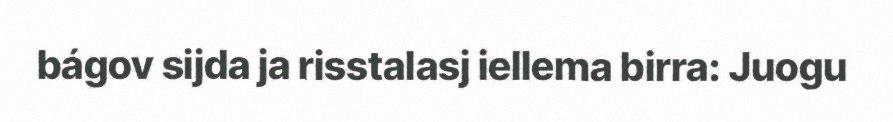
bágov sijda ja risstalasj iellema birra: Juogu